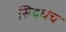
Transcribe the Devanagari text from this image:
सिद्धच